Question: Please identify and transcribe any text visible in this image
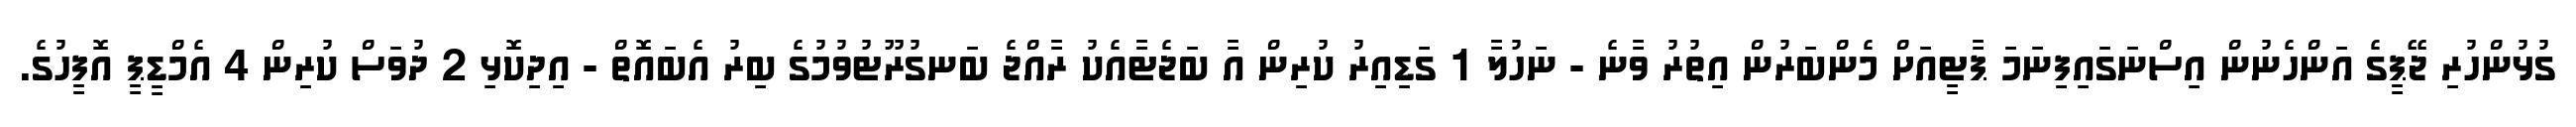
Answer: ގުޅުންހުރި ޖޭޕީގެ އަންހެނުން އިސްނަގައިފިނަމަ ޕާޓީއަށް މެންބަރުން އިތުރު ވާނެ - ނަހުލާ 1 ގަޑިއިރު ކުރިން އާ ބަޖެޓާއެކު ރާއްޖެ ބަނގުރޫޓުވުމުގެ ބިރު އެބައޮތް - އިދިކޮޅި 2 ދުވަސް ކުރިން 4 އެމްޑީޕީ އޮފީހުގެ.